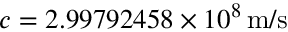
c = 2 . 9 9 7 9 2 4 5 8 \times 1 0 ^ { 8 } \, { \mathrm { m } } / { \mathrm { s } }